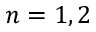
n = 1 , 2